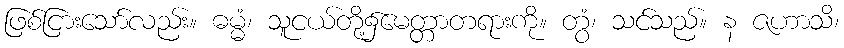
ဖြစ်ငြားသော်လည်း။ ဓမ္မံ၊ သူငယ်တို့၌မေတ္တာတရားကို။ တွံ၊ သင်သည်။ န ဇဟာသိ၊